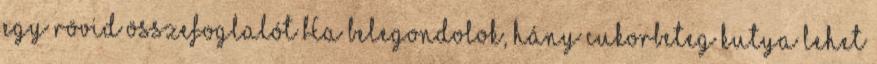
egy rövid összefoglalót Ha belegondolok, hány cukorbeteg kutya lehet